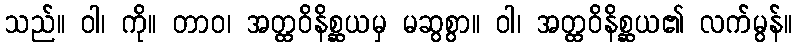
သည်။ ဝါ၊ ကို။ တာဝ၊ အတ္ထဝိနိစ္ဆယမှ မဆွစွာ။ ဝါ၊ အတ္ထဝိနိစ္ဆယ၏ လက်မွန်။